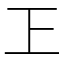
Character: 㠪